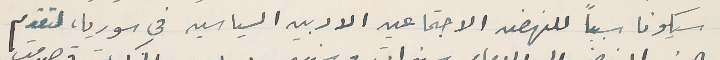
سيكونا سبباً للنهضه الاجتماعيه الادبيه السياسيه في سوريا، لتقدم